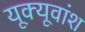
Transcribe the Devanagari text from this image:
यूक्यूवांश